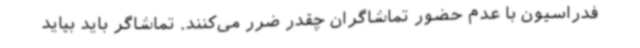
فدراسیون با عدم حضور تماشاگران چقدر ضرر می‌کنند. تماشاگر باید بیاید